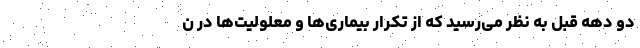
دو دهه قبل به نظر می‌رسید که از تکرار بیماری‌ها و معلولیت‌ها در ن